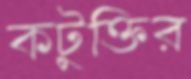
কটুক্তির